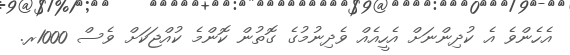
އެހެންވެ އެ ކުދިންނަށް އެހީއެއް ވެދިނުމުގެ ގޮތުން ކޮންމެ ކުއްޖަކަށް ވެސް 1000ރ.